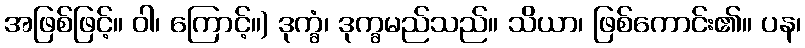
အဖြစ်ဖြင့်။ ဝါ၊ ကြောင့်။) ဒုက္ခံ၊ ဒုက္ခမည်သည်။ သိယာ၊ ဖြစ်ကောင်း၏။ ပန၊